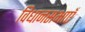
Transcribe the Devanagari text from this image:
विधानसभाएँ